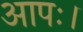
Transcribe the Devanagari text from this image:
आपः।